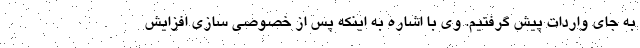
به جای واردات پیش گرفتیم. وی با اشاره به اینکه پس از خصوصی سازی افزایش